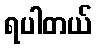
ရပါတယ်